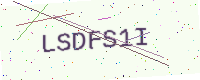
Text: LSDFS1I